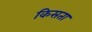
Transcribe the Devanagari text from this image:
किसता